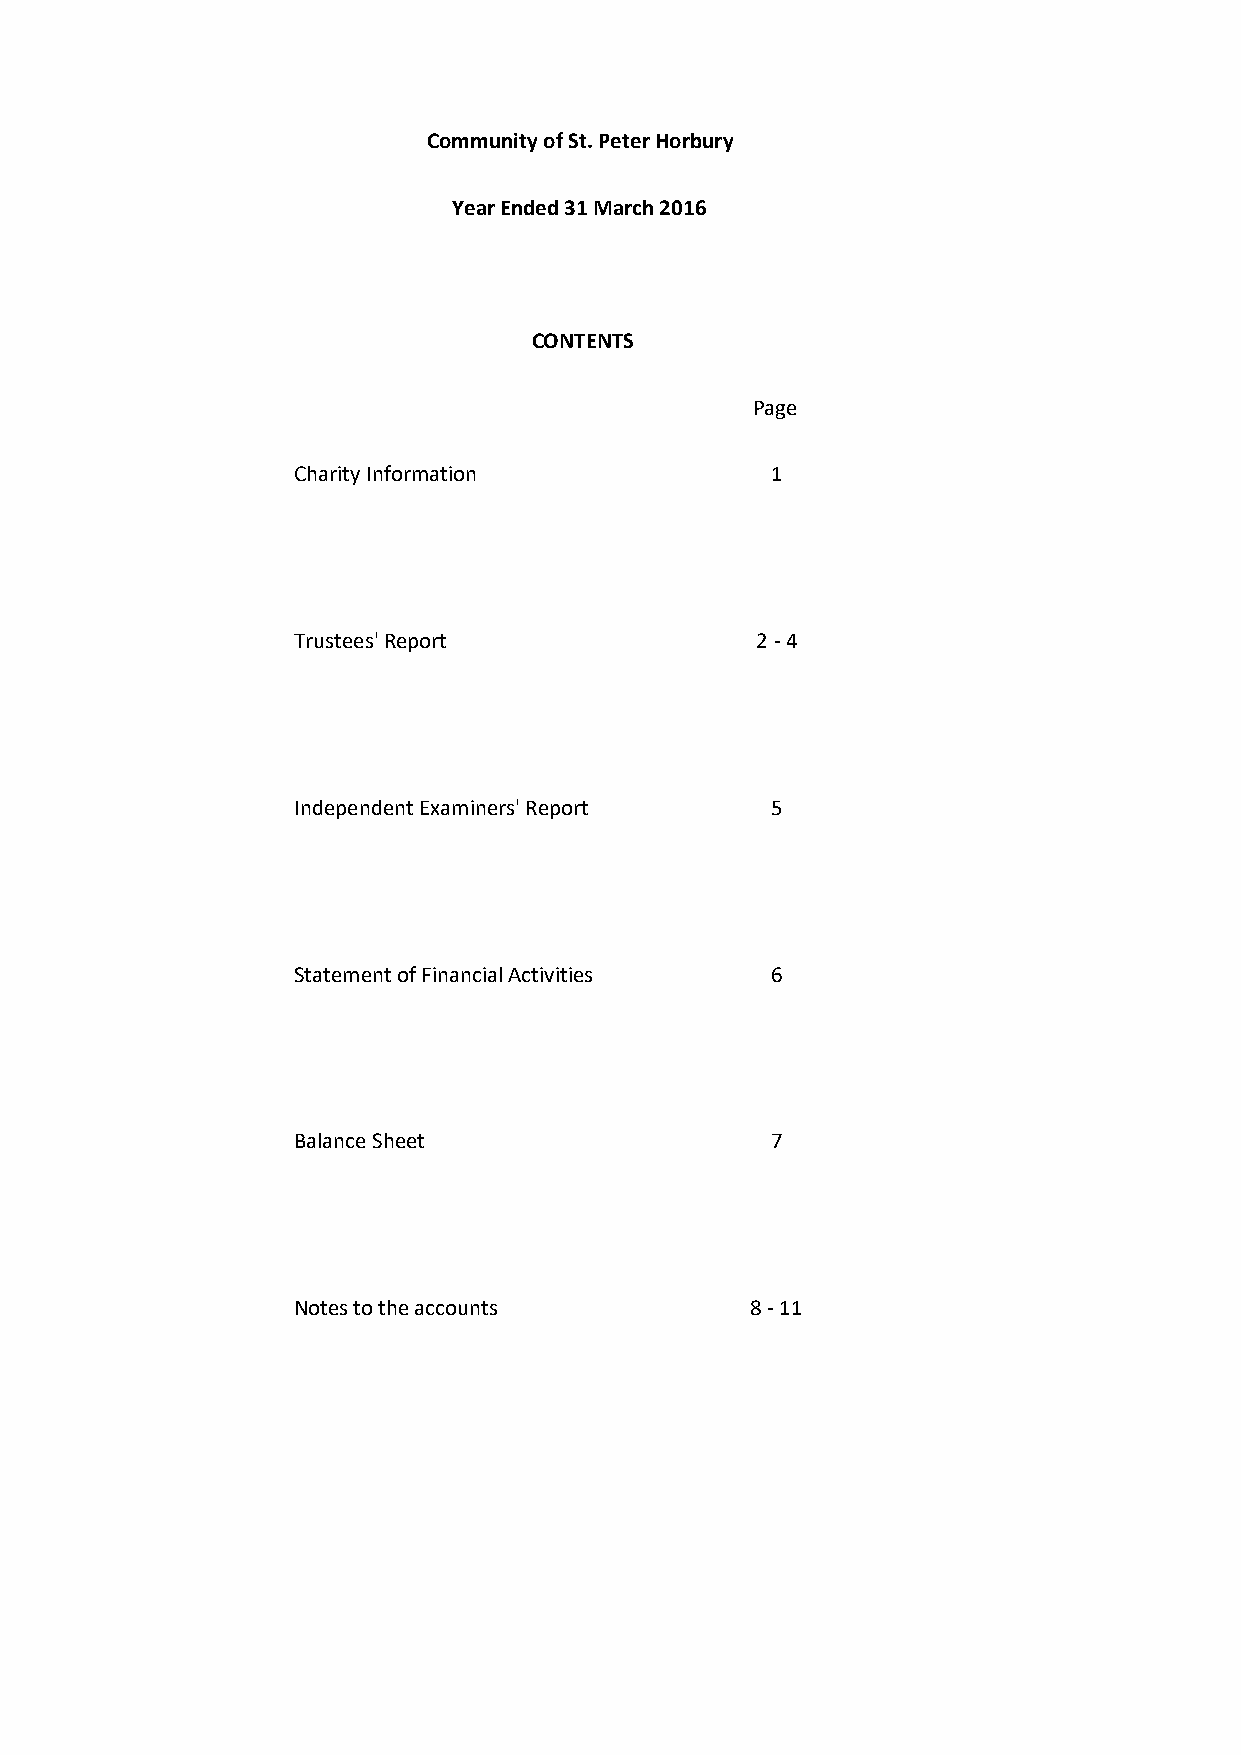
Community of St. Peter Horbury
 Year Ended 31 March 2016
 CONTENTS
 Page
 Charity Information             1
 Trustees' Report               2 ‐ 4
 Independent Examiners' Report   5
 Statement of Financial Activities 6
 Balance Sheet                   7
 Notes to the accounts          8 ‐ 11